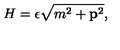
H = \epsilon \sqrt { m ^ { 2 } + { \bf p } ^ { 2 } } ,